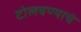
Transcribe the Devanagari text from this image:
टोलवण्याचे